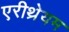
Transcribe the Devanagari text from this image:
एरीथ्रेयम